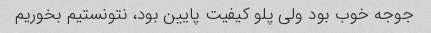
جوجه خوب بود ولی پلو کیفیت پایین بود، نتونستیم بخوریم